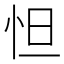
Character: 怛